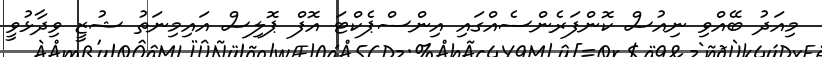
މިއަދު ބޭއްވި ނިއުސް ކޮންފަރެންސެއްގައި އިންސްޕެކްޓަ އޮފް ޕޮލިސް އައިމިނަތު ޝުޒީ ވިދާޅުވީ